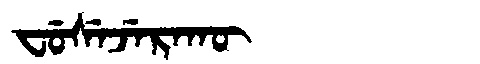
Manchu: ᠸᡠᠰᡝᠵᡝᡵᠠᡴᡡ
Romanization: FUSEJERAKŪ